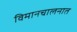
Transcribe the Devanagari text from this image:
विमानचालनात